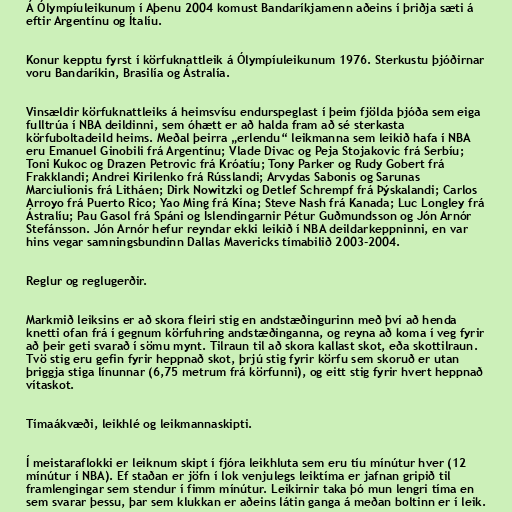
Á Ólympíuleikunum í Aþenu 2004 komust Bandaríkjamenn aðeins í þriðja sæti á
eftir Argentínu og Ítalíu.

Konur kepptu fyrst í körfuknattleik á Ólympíuleikunum 1976. Sterkustu þjóðirnar
voru Bandaríkin, Brasilía og Ástralía.

Vinsældir körfuknattleiks á heimsvísu endurspeglast í þeim fjölda þjóða sem eiga
fulltrúa í NBA deildinni, sem óhætt er að halda fram að sé sterkasta
körfuboltadeild heims. Meðal þeirra „erlendu“ leikmanna sem leikið hafa í NBA
eru Emanuel Ginobili frá Argentínu; Vlade Divac og Peja Stojakovic frá Serbíu;
Toni Kukoc og Drazen Petrovic frá Króatíu; Tony Parker og Rudy Gobert frá
Frakklandi; Andrei Kirilenko frá Rússlandi; Arvydas Sabonis og Sarunas
Marciulionis frá Litháen; Dirk Nowitzki og Detlef Schrempf frá Þýskalandi; Carlos
Arroyo frá Puerto Rico; Yao Ming frá Kína; Steve Nash frá Kanada; Luc Longley frá
Ástralíu; Pau Gasol frá Spáni og Íslendingarnir Pétur Guðmundsson og Jón Arnór
Stefánsson. Jón Arnór hefur reyndar ekki leikið í NBA deildarkeppninni, en var
hins vegar samningsbundinn Dallas Mavericks tímabilið 2003-2004.

Reglur og reglugerðir.

Markmið leiksins er að skora fleiri stig en andstæðingurinn með því að henda
knetti ofan frá í gegnum körfuhring andstæðinganna, og reyna að koma í veg fyrir
að þeir geti svarað í sömu mynt. Tilraun til að skora kallast skot, eða skottilraun.
Tvö stig eru gefin fyrir heppnað skot, þrjú stig fyrir körfu sem skoruð er utan
þriggja stiga línunnar (6,75 metrum frá körfunni), og eitt stig fyrir hvert heppnað
vítaskot.

Tímaákvæði, leikhlé og leikmannaskipti.

Í meistaraflokki er leiknum skipt í fjóra leikhluta sem eru tíu mínútur hver (12
mínútur í NBA). Ef staðan er jöfn í lok venjulegs leiktíma er jafnan gripið til
framlengingar sem stendur í fimm mínútur. Leikirnir taka þó mun lengri tíma en
sem svarar þessu, þar sem klukkan er aðeins látin ganga á meðan boltinn er í leik.